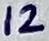
Text: 12